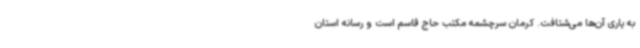
به یاری آن‌ها می‌شتافت. کرمان سرچشمه مکتب حاج قاسم است و رسانه استان